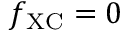
f _ { \mathrm { X C } } = 0